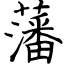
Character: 藩